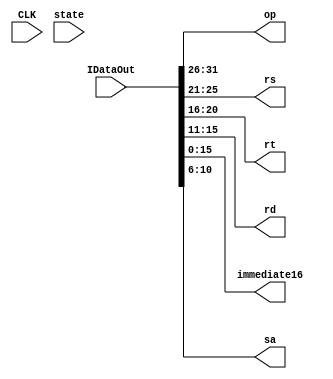
module IR(CLK,state,IDataOut,op,rs,rt,rd,immediate16,sa);
input CLK;
input [2:0] state;
input [31:0] IDataOut;
output [4:0] sa;
output [5:0] op;
output [4:0] rs;
output [4:0] rt;
output [4:0] rd;
output [15:0] immediate16;
wire [31:0] IR;
assign IR = IDataOut;
assign op = IR[31:26];
assign rs = IR[25:21];
assign rt = IR[20:16];
assign rd = IR[15:11];
assign immediate16 = IR[15:0];
assign sa = IR[10:6];

endmodule